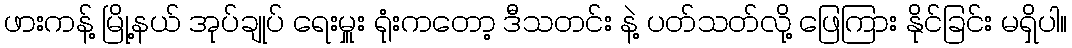
ဖားကန့် မြို့နယ် အုပ်ချုပ် ရေးမှူး ရုံးကတော့ ဒီသတင်း နဲ့ ပတ်သတ်လို့ ဖြေကြား နိုင်ခြင်း မရှိပါ။